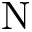
\mathrm { N }